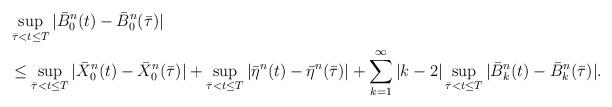
LaTeX: \begin{align*}& \sup_{{\bar{\tau}} < t \le T} |{\bar{B}}^n_0(t) - {\bar{B}}^n_0({\bar{\tau}})| \\& \le \sup_{{\bar{\tau}} < t \le T} |{\bar{X}}^n_0(t) - {\bar{X}}^n_0({\bar{\tau}})| + \sup_{{\bar{\tau}} < t \le T} |{\bar{\eta}}^n(t) -{\bar{\eta}}^n({\bar{\tau}})| + \sum_{k=1}^\infty |k-2| \sup_{{\bar{\tau}} < t \le T} |{\bar{B}}^n_k(t) - {\bar{B}}^n_k({\bar{\tau}})|. \end{align*}